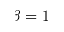
\beta = 1